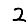
Digit: 2